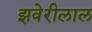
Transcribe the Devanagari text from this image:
झवेरीलाल